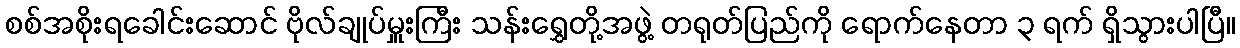
စစ်အစိုးရခေါင်းဆောင် ဗိုလ်ချုပ်မှူးကြီး သန်းရွှေတို့အဖွဲ့ တရုတ်ပြည်ကို ရောက်နေတာ ၃ ရက် ရှိသွားပါပြီ။